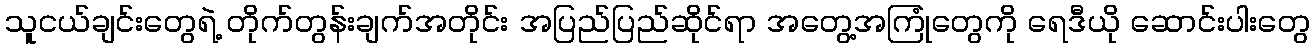
သူငယ်ချင်းတွေရဲ့ တိုက်တွန်းချက်အတိုင်း အပြည်ပြည်ဆိုင်ရာ အတွေ့အကြုံတွေကို ရေဒီယို ဆောင်းပါးတွေ